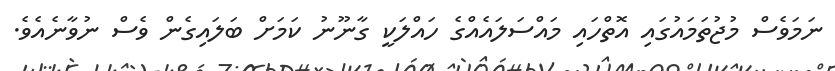
ނަމަވެސް މުޖުތަމައުގައި އޮތްހައި މައްސަލައެއްގެ ހައްލަކީ ގާނޫނު ކަމަށް ބަލައިގެން ވެސް ނުވާނެއެވެ.